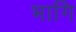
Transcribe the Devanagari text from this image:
भागि